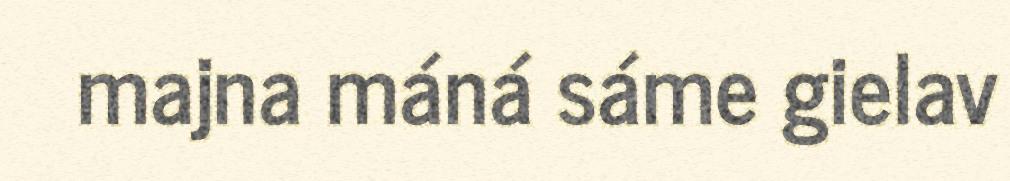
majna máná sáme gielav